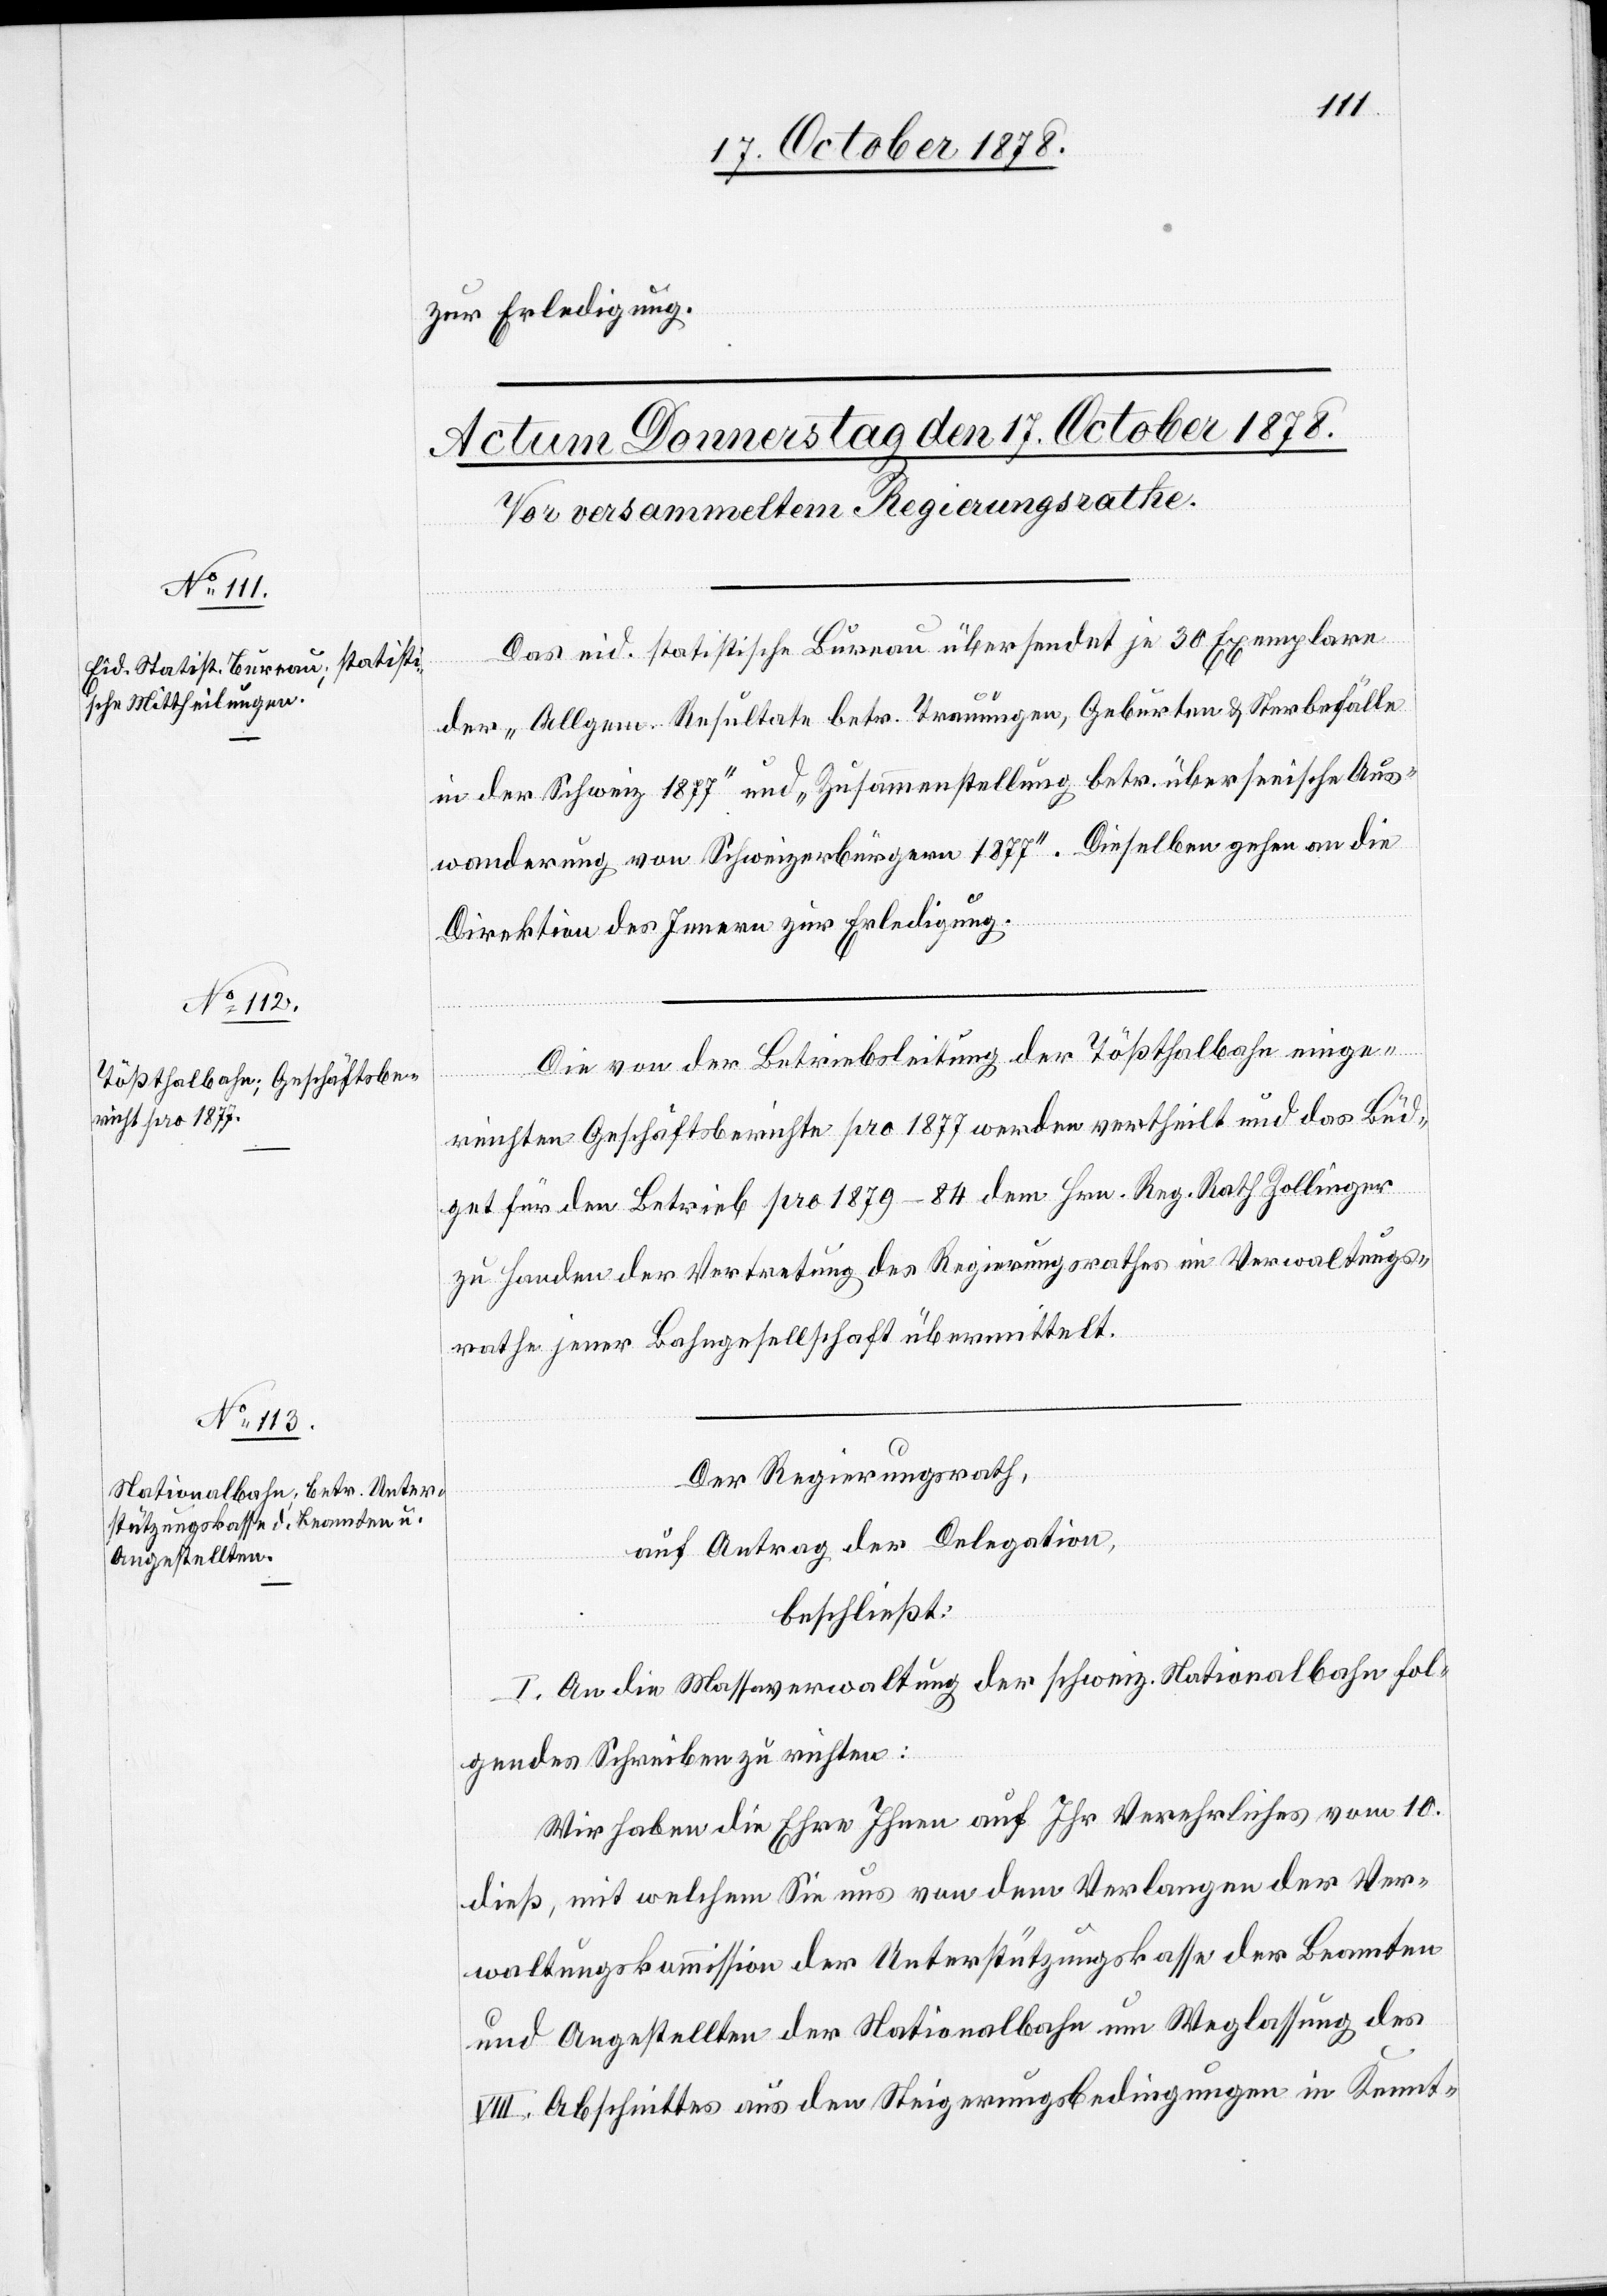
zur Erledigung.
Das eid. statistische Bureau übersendet je 30 Exemplare
der „Allgem. Resultate betr. Trauungen, Geburten & Sterbefälle
in der Schweiz 1877“ und „Zusammenstellung betr. überseeische Aus¬
wanderung von Schweizerbürgern 1877“. Dieselben gehen an die
Direktion des Innern zur Erledigung.
Die von der Betriebsleitung der Tößthalbahn einge¬
reichten Geschäftsberichte pro 1877 werden vertheilt und das Büd¬
get für den Betrieb pro 1879–84 dem Hrn. Reg. Rath Zollinger
zu Handen der Vertretung des Regierungsrathes im Verwaltungs¬
rathe jener Bahngesellschaft übermittelt.
Der Regierungsrath,
auf Antrag der Delegation,
beschließt:
I. An die Massaverwaltung der schweiz. Nationalbahn fol¬
gendes Schreiben zu richten:
Wir haben die Ehre Ihnen auf Ihr Verehrliches vom 10.
dieß, mit welchem Sie uns von dem Verlangen der Ver¬
waltungskommission der Unterstützungskasse der Beamten
und Angestellten der Nationalbahn um Weglassung des
VIII. Abschnittes aus den Steigerungsbedingungen in Kennt-